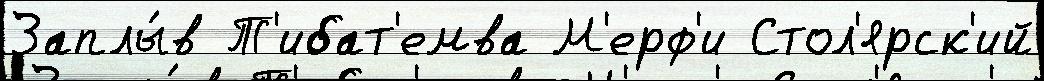
Заплы́в Т'ибат'емва М'ерф'и Стол'ярск'ий